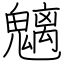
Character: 魑